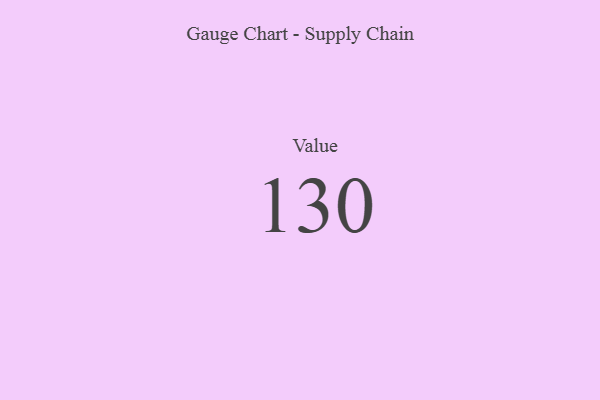
{"axis": {"x": "Metric", "y": "Value"}, "legend": [""], "data": [{"x": "Value", "y": 130, "type": ""}]}